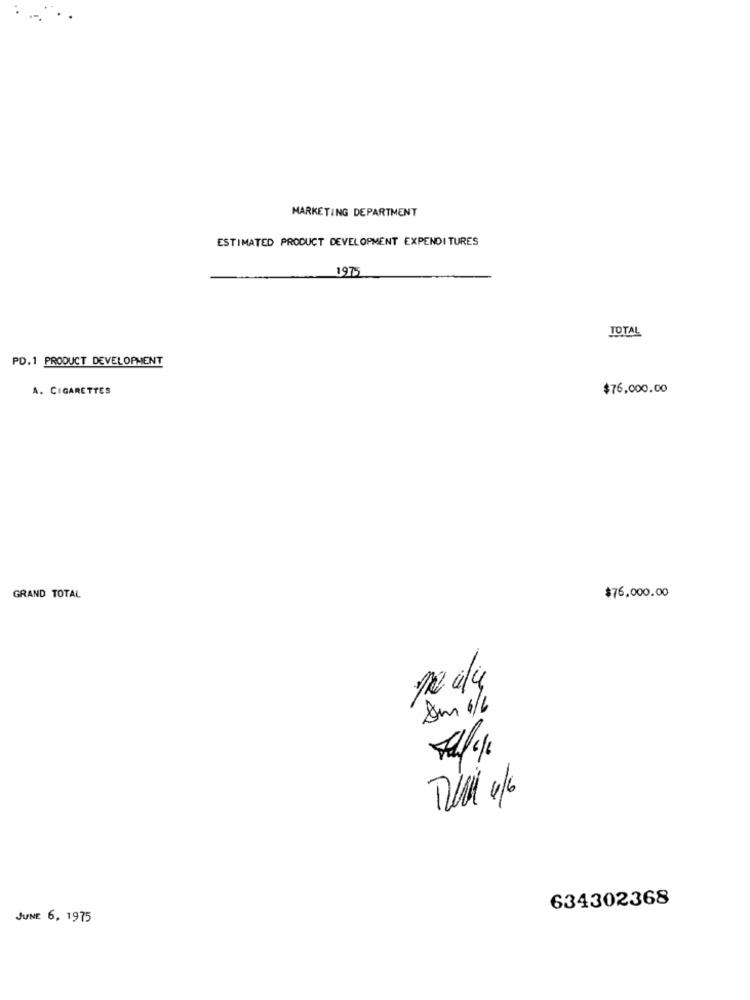
MARKETING DEPARTMENT
ESTIMATED PRODUCT DEVELOPMENT EXPENDITURES
1975
TOTAL
PD.1 PRODUCT DEVELOPMENT
A. CIGARETTES
$76,000.00
GRAND TOTAL
$76,000.00
Am 1/6
634302368
JUNE 6, 1975